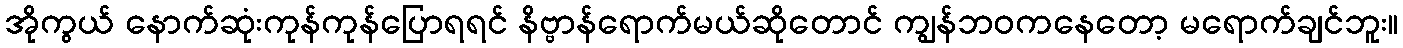
အိုကွယ် နောက်ဆုံးကုန်ကုန်ပြောရရင် နိဗ္ဗာန်ရောက်မယ်ဆိုတောင် ကျွန်ဘဝကနေတော့ မရောက်ချင်ဘူး။